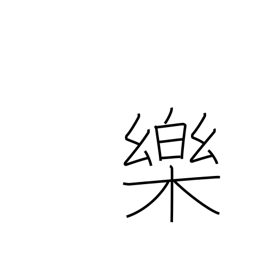
Meaning: comfort